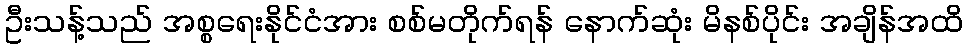
ဦးသန့်သည် အစ္စရေးနိုင်ငံအား စစ်မတိုက်ရန် နောက်ဆုံး မိနစ်ပိုင်း အချိန်အထိ